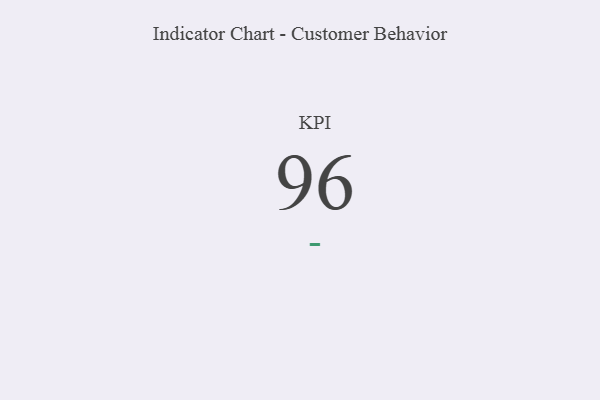
{"axis": {"x": "KPI", "y": "Value"}, "legend": [""], "data": [{"x": "KPI", "y": 96, "type": ""}]}